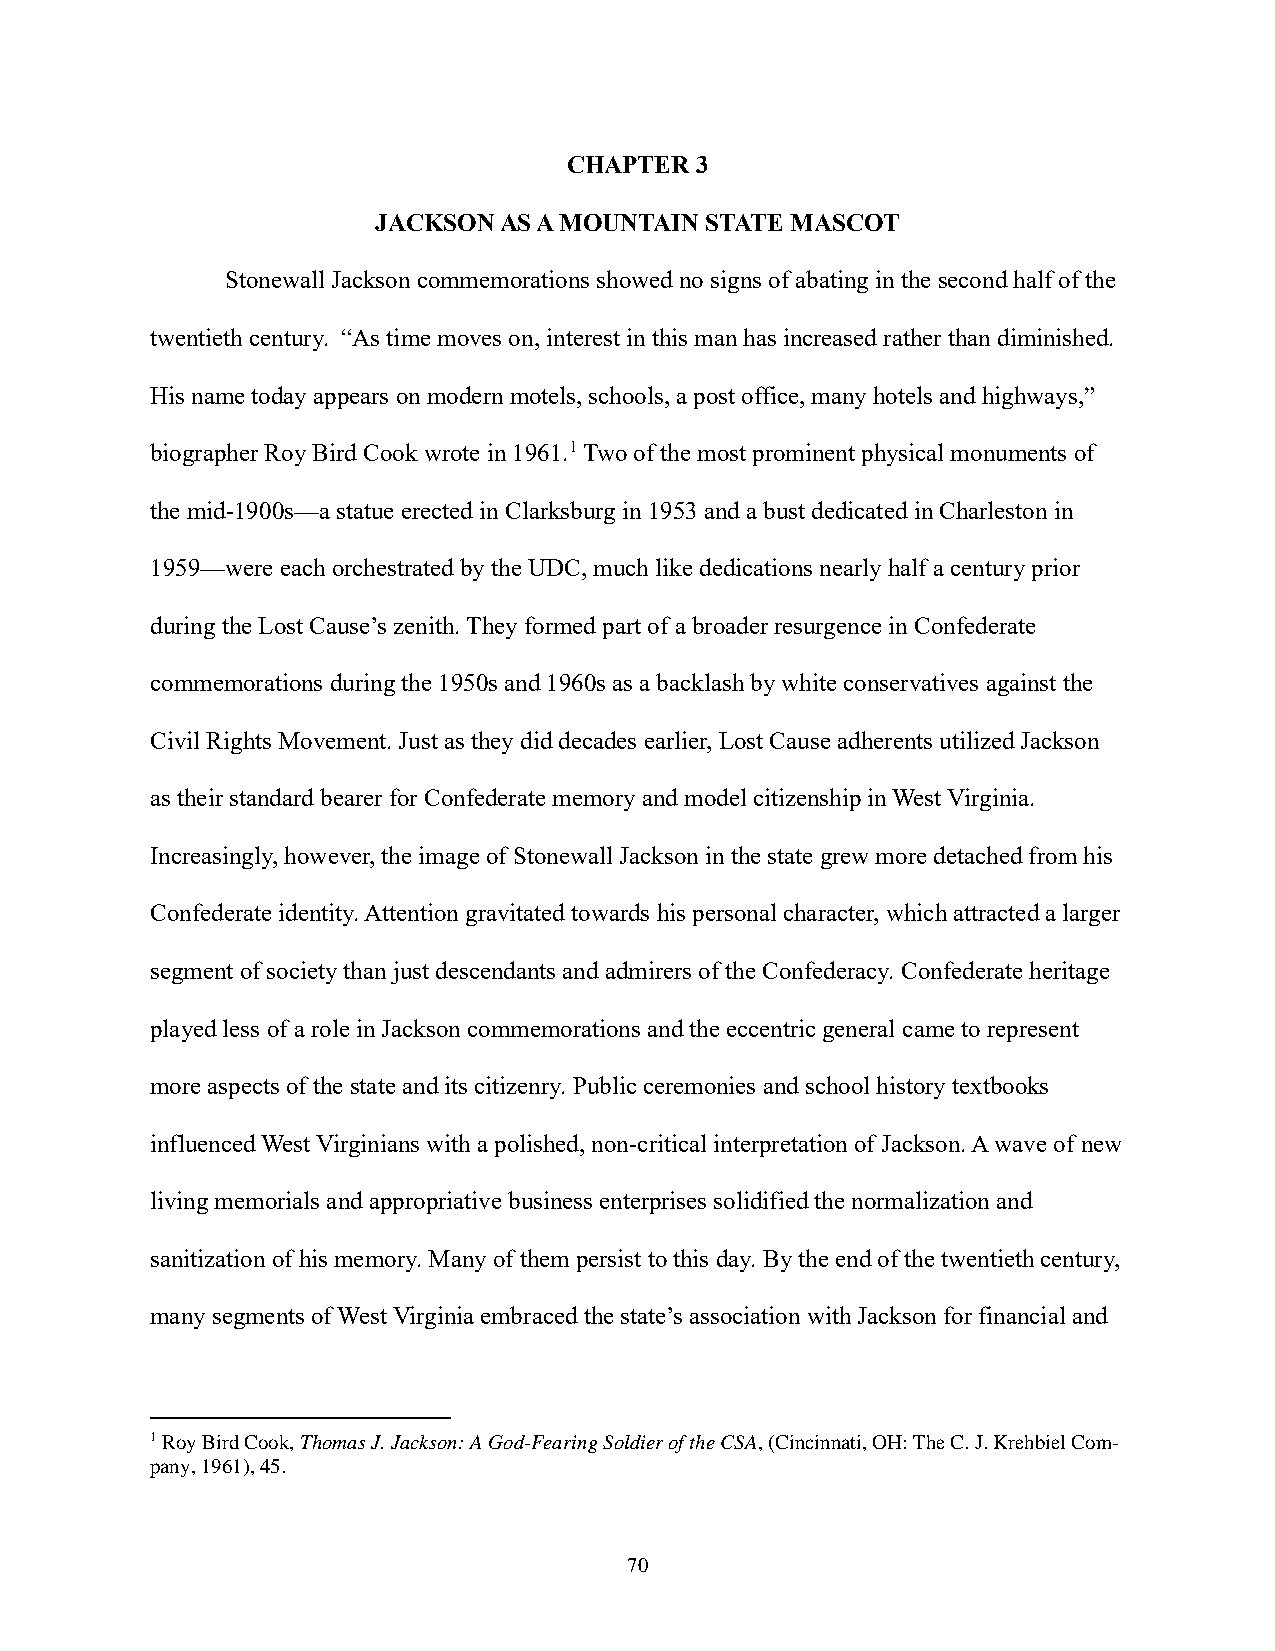
CHAPTER 3
 JACKSON AS A MOUNTAIN STATE MASCOT
 Stonewall Jackson commemorations showed no signs of abating in the second half of the
 twentieth century. “As time moves on, interest in this man has increased rather than diminished.
 His name today appears on modern motels, schools, a post office, many hotels and highways,”
 biographer Roy Bird Cook wrote in 1961.1 Two of the most prominent physical monuments of
 the mid-1900s—a statue erected in Clarksburg in 1953 and a bust dedicated in Charleston in
 1959—were each orchestrated by the UDC, much like dedications nearly half a century prior
 during the Lost Cause’s zenith. They formed part of a broader resurgence in Confederate
 commemorations during the 1950s and 1960s as a backlash by white conservatives against the
 Civil Rights Movement. Just as they did decades earlier, Lost Cause adherents utilized Jackson
 as their standard bearer for Confederate memory and model citizenship in West Virginia.
 Increasingly, however, the image of Stonewall Jackson in the state grew more detached from his
 Confederate identity. Attention gravitated towards his personal character, which attracted a larger
 segment of society than just descendants and admirers of the Confederacy. Confederate heritage
 played less of a role in Jackson commemorations and the eccentric general came to represent
 more aspects of the state and its citizenry. Public ceremonies and school history textbooks
 influenced West Virginians with a polished, non-critical interpretation of Jackson. A wave of new
 living memorials and appropriative business enterprises solidified the normalization and
 sanitization of his memory. Many of them persist to this day. By the end of the twentieth century,
 many segments of West Virginia embraced the state’s association with Jackson for financial and
 1 Roy Bird Cook, Thomas J. Jackson: A God-Fearing Soldier of the CSA, (Cincinnati, OH: The C. J. Krehbiel Com-
 pany, 1961), 45.
 70